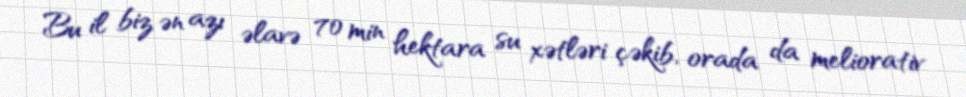
Bu il biz ən azı əlavə 70 min hektara su xətləri çəkib, orada da meliorativ